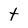
Character: t